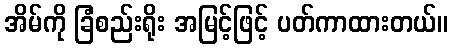
အိမ်ကို ခြံစည်းရိုး အမြင့်ဖြင့် ပတ်ကာထားတယ်။